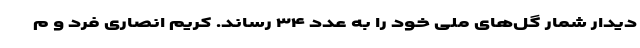
دیدار شمار گل‌های ملی خود را به عدد ۳۴ رساند. کریم انصاری فرد و م